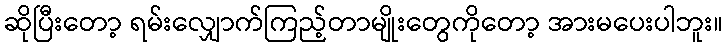
ဆိုပြီးတော့ ရမ်းလျှောက်ကြည့်တာမျိုးတွေကိုတော့ အားမပေးပါဘူး။